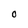
Character: O